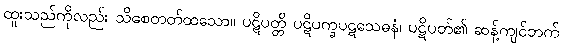
ထူးသည်ကိုလည်း သိစေတတ်ထသော။ ပဋိပတ္တိ ပဋိပက္ခပဋသေဓနံ၊ ပဋိပတ်၏ ဆန့်ကျင်ဘက်